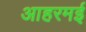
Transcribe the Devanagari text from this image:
आहरमई